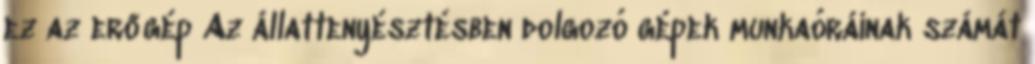
ez az erőgép Az állattenyésztésben dolgozó gépek munkaóráinak számát